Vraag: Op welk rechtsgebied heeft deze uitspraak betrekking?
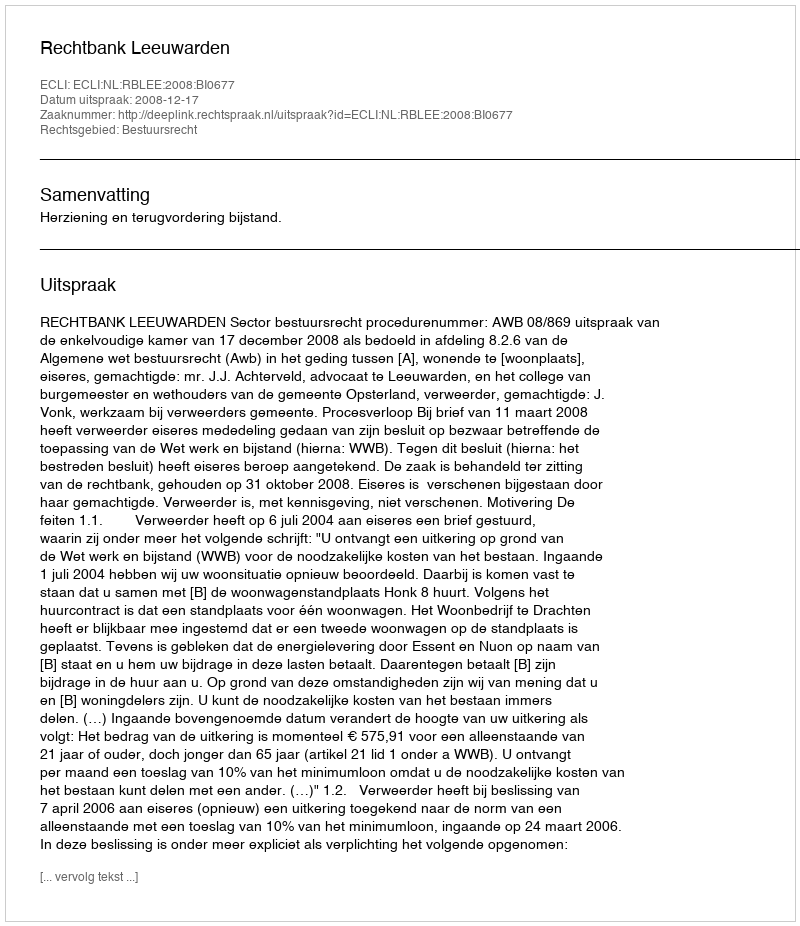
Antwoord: Bestuursrecht